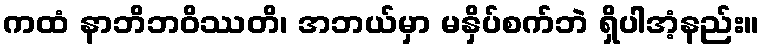
ကထံ နာဘိဘဝိဿတိ၊ အဘယ်မှာ မနှိပ်စက်ဘဲ ရှိပါအံ့နည်း။